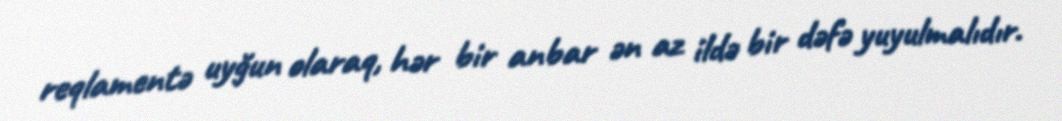
reqlamentə uyğun olaraq, hər bir anbar ən az ildə bir dəfə yuyulmalıdır.